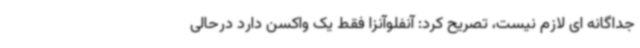
جداگانه ای لازم نیست، تصریح کرد: آنفلوآنزا فقط یک واکسن دارد درحالی